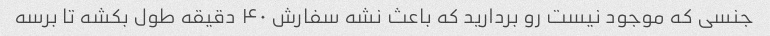
جنسی که موجود نیست رو بردارید که باعث نشه سفارش ۴۰ دقیقه طول بکشه تا برسه